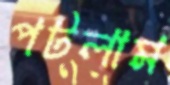
পটলাম